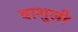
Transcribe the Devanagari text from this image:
वाशुली